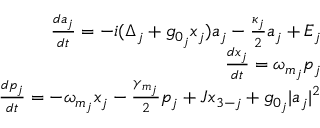
\begin{array} { r } { \frac { d a _ { j } } { d t } = - i ( \Delta _ { j } + g _ { 0 _ { j } } x _ { j } ) a _ { j } - \frac { \kappa _ { j } } { 2 } a _ { j } + E _ { j } } \\ { \frac { d x _ { j } } { d t } = \omega _ { m _ { j } } p _ { j } } \\ { \frac { d p _ { j } } { d t } = - \omega _ { m _ { j } } x _ { j } - \frac { \gamma _ { m _ { j } } } { 2 } p _ { j } + J x _ { 3 - j } + g _ { 0 _ { j } } | a _ { j } | ^ { 2 } } \end{array}